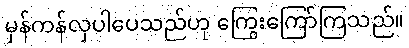
မှန်ကန်လှပါပေသည်ဟု ကြွေးကြော်ကြသည်။